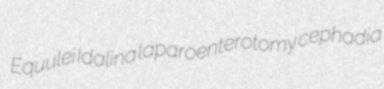
Equulei Idalina laparoenterotomy cephadia